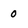
Character: 0